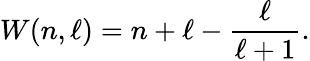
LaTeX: W(n,\ell)=n+\ell-{\frac{\ell}{\ell+1}}.